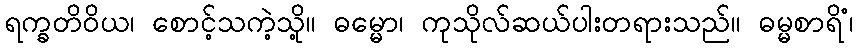
ရက္ခတိဝိယ၊ စောင့်သကဲ့သို့။ ဓမ္မော၊ ကုသိုလ်ဆယ်ပါးတရားသည်။ ဓမ္မစာရိံ၊